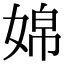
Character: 婂